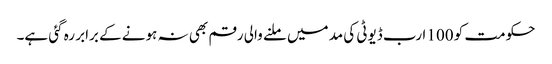
حکومت کو 100 ا رب ڈیوٹی کی مد میں ملنے والی رقم بھی نہ ہونے کے برابر رہ گئی ہے۔